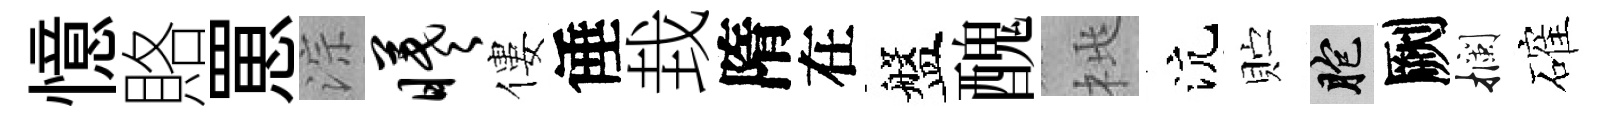
憶賂罳淙曦僂倕㘽隋在盤醜桃沆贮胞劂攔確